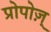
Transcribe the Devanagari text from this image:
प्रोपोज़्